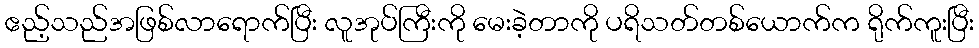
ဧည့်သည်အဖြစ်လာရောက်ပြီး လူအုပ်ကြီးကို မေးခဲ့တာကို ပရိသတ်တစ်ယောက်က ရိုက်ကူးပြီး